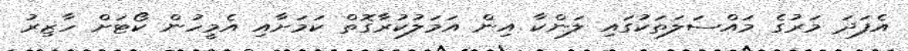
އެފަދަ މަރުގެ މައްސަލަތަކުގައި ލަންކާ އިން އަމަލުކުރާގޮތް ކަމަށާއި އެމީހުން ކޯޓަށް ހާޒިރު